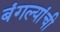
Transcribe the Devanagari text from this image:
बंगल्यांची